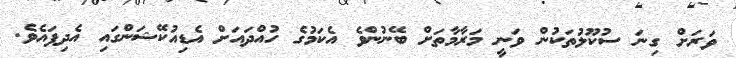
ވަރަށް ގިނަ ސުކޫލުތަކުން ވަނީ މަރާމާތަށް ބޭނުންވެ އެކަމުގެ ހުއްދައަށް އެޑިއުކޭޝަންގައި އެދިފައެވެ.